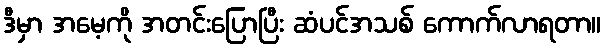
ဒီမှာ အမေ့ကို အတင်းပြောပြီး ဆံပင်အသစ် ကောက်လာရတာ။